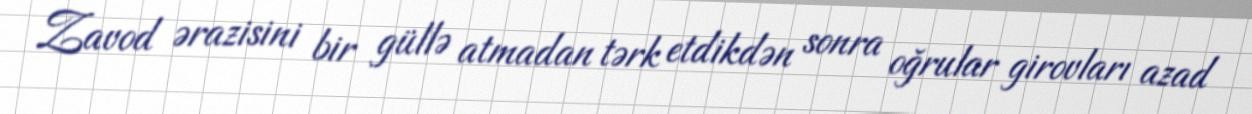
Zavod ərazisini bir güllə atmadan tərk etdikdən sonra oğrular girovları azad